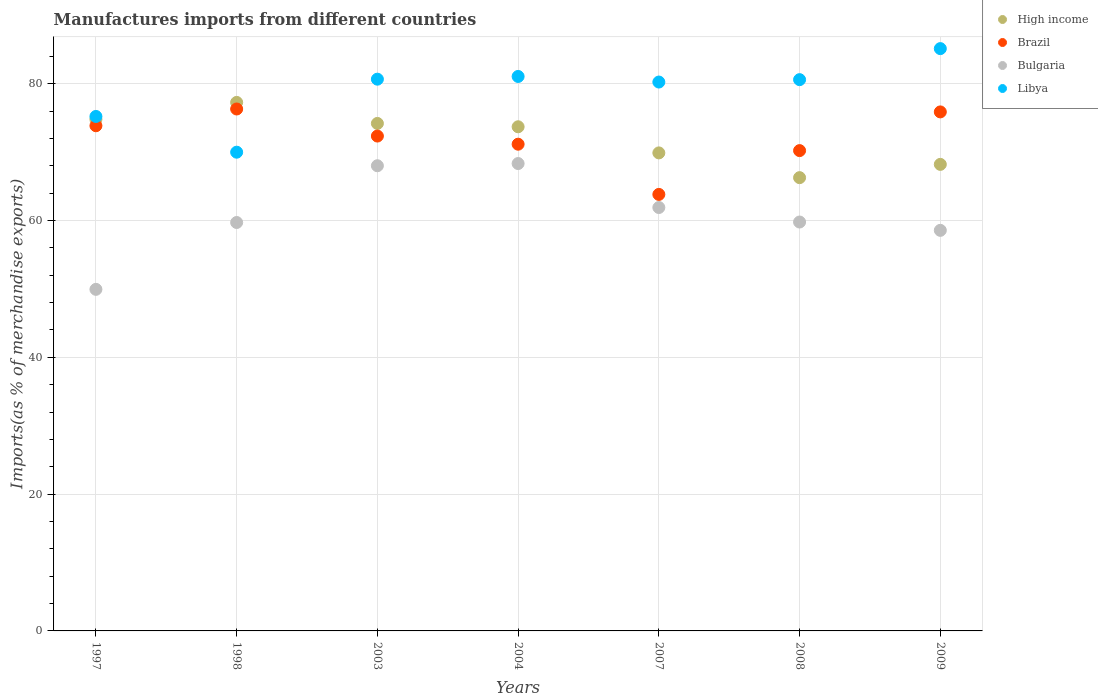
| Years | High income | Brazil | Bulgaria | Libya |
 | --- | --- | --- | --- | --- |
 | 1997 | 74.8 | 73.9 | 49.9 | 75.2 |
 | 1998 | 77.3 | 76.3 | 59.7 | 70 |
 | 2003 | 74.2 | 72.3 | 68 | 80.7 |
 | 2004 | 73.7 | 71.2 | 68.3 | 81.1 |
 | 2007 | 69.9 | 63.8 | 61.9 | 80.2 |
 | 2008 | 66.3 | 70.2 | 59.8 | 80.6 |
 | 2009 | 68.2 | 75.9 | 58.6 | 85.1 |